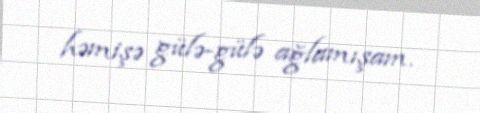
həmişə gülə-gülə ağlamışam.